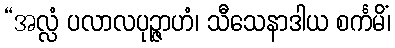
“အလ္လံ ပလာလပုဉ္ဇာဟံ၊ သီသေနာဒါယ စင်္ကမိံ၊